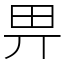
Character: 畀